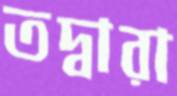
তদ্বারা